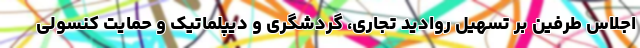
اجلاس طرفین بر تسهیل روادید تجاری، گردشگری و دیپلماتیک و حمایت کنسولی